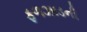
ફળઝાડની